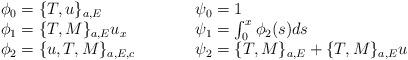
LaTeX: \begin{align*}\begin{array}{lcl}\phi_0=\{T,u\}_{a,E} & \qquad&\psi_0=1\\\phi_1=\{T,M\}_{a,E}u_x &\qquad& \psi_1=\int_0^x\phi_2(s)ds\\\phi_2=\{u,T,M\}_{a,E,c} &\qquad&\psi_2=\{T,M\}_{a,E}+\{T,M\}_{a,E}u\end{array}\end{align*}